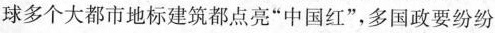
球多个大都市地标建筑都点亮“中国红”，多国政要纷纷